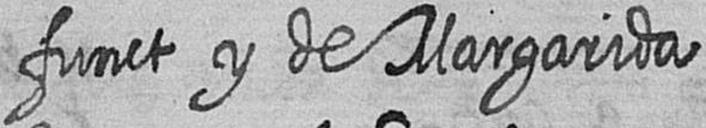
funct y de Margarida